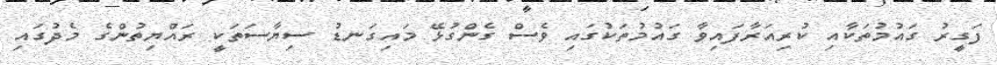
ފަގީރު ގައުމުތަކާއި ކުރިއަރާފައިވާ ގައުމުތަކުގައި ވެސް ގެންގުޅޭ މައިގަނޑު ސިޔާސަތަކީ ރައްޔިތުންގެ މެދުގައި